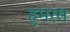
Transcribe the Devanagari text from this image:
हुमरस